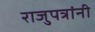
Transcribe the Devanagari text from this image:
राजुपत्रांनी